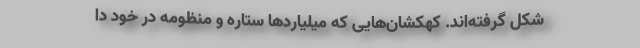
شکل گرفته‌اند. کهکشان‌هایی که میلیارد‌ها ستاره و منظومه در خود دا